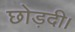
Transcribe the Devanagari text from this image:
छोड़दी।